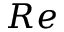
R e